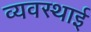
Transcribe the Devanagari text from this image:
व्यवस्थाई